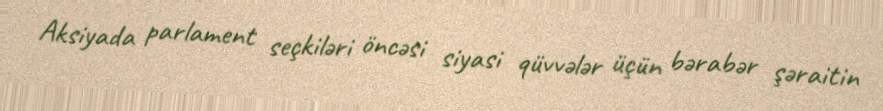
Aksiyada parlament seçkiləri öncəsi siyasi qüvvələr üçün bərabər şəraitin